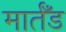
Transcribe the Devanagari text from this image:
मार्तँड